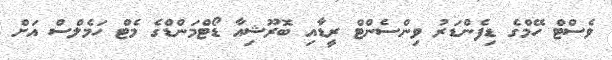
ވެސްޓް ހޭމްގެ ޑިފެންޑަރު ވިންސެންޓް ރީޑާއި ބޮރޫޝިއާ ޑޯޓްމަންޑްގެ މެޓް ހަމެލްސް އަށް